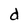
Character: d